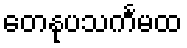
တေနုပသင်္ကမထ